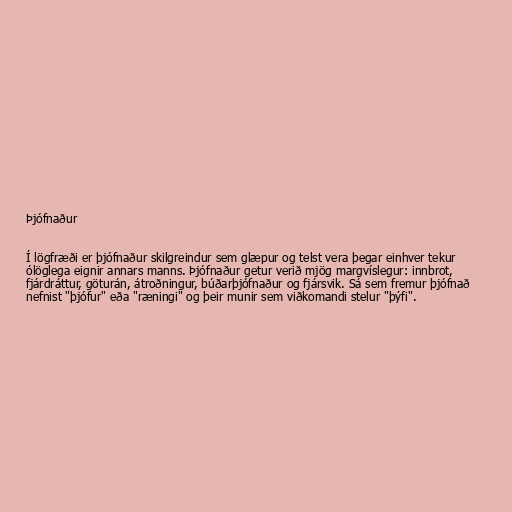
Þjófnaður

Í lögfræði er þjófnaður skilgreindur sem glæpur og telst vera þegar einhver tekur
ólöglega eignir annars manns. Þjófnaður getur verið mjög margvíslegur: innbrot,
fjárdráttur, göturán, átroðningur, búðarþjófnaður og fjársvik. Sá sem fremur þjófnað
nefnist "þjófur" eða "ræningi" og þeir munir sem viðkomandi stelur "þýfi".